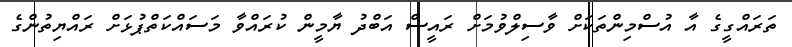
ތަރައްގީގެ އާ އުސްމިންތަކަށް ވާސިލްވުމަށް ރައީސް އަބްދު ޔާމީން ކުރައްވާ މަސައްކަތްޕުޅަށް ރައްޔިތުންގެ